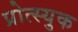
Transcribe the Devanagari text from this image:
प्रोत्स्युक